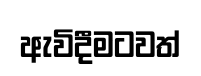
ඇවිදීමටවත්